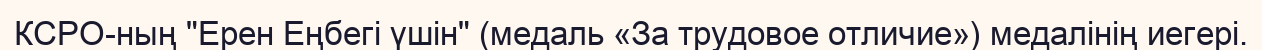
КСРО-ның "Ерен Еңбегі үшін" (медаль «За трудовое отличие») медалінің иегері.